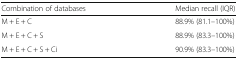
| Combination of databases | Median recall (IQR) |
 | --- | --- |
 | M + E + C | 88.9% (81.1–100%) |
 | M + E + C + S | 88.9% (83.3–100%) |
 | M + E + C + S + Ci | 90.9% (83.3–100%) |